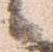
日